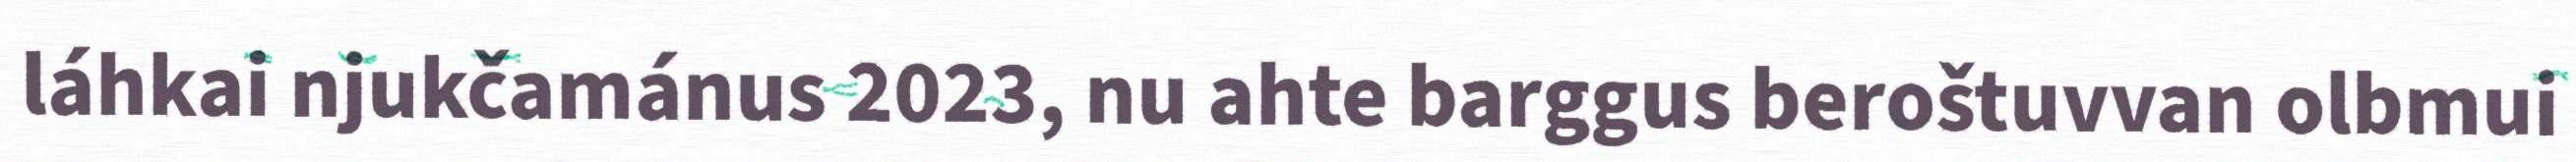
láhkai njukčamánus 2023, nu ahte barggus beroštuvvan olbmui